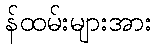
န်ထမ်းများအား